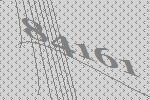
84161